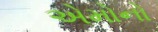
એમોનો